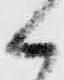
郎